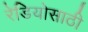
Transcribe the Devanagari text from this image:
रेडियोसाठी